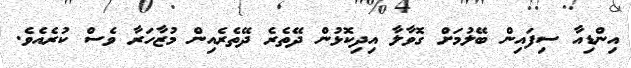
އިންޑިއާ ސިފައިން ބޭލުމަށް ގޮވާލާ އިދިކޮޅުން ދޭތެރެ ދޭތެރެއިން މުޒާހަރާ ވެސް ކުރެއެވެ.